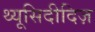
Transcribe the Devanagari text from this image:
थ्यूसिदीदिज़